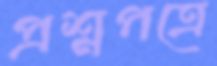
প্রশ্নপত্রে